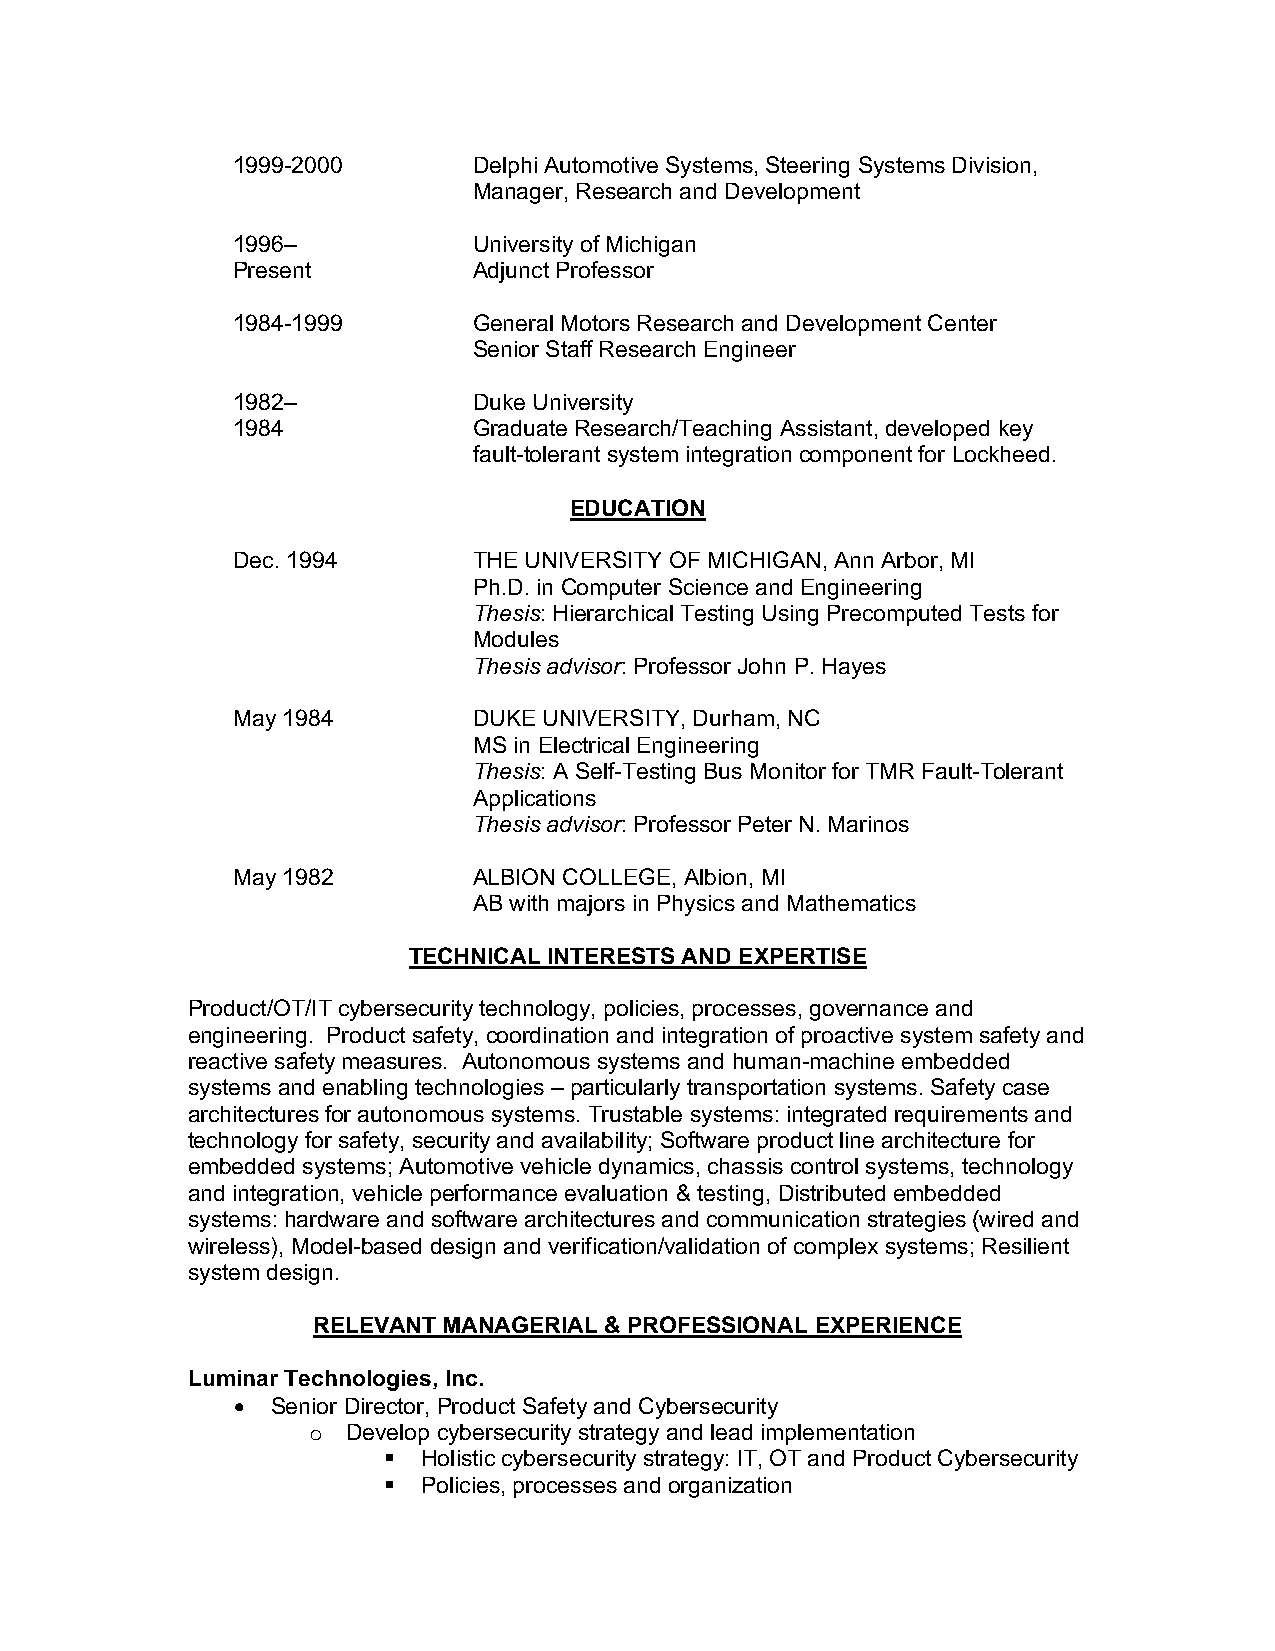
1999-2000       Delphi Automotive Systems, Steering Systems Division,
 Manager, Research and Development
 1996–           University of Michigan
 Present         Adjunct Professor
 1984-1999       General Motors Research and Development Center
 Senior Staff Research Engineer
 1982–           Duke University
 1984            Graduate Research/Teaching Assistant, developed key
 fault-tolerant system integration component for Lockheed.
 EDUCATION
 Dec. 1994       THE UNIVERSITY OF MICHIGAN, Ann Arbor, MI
 Ph.D. in Computer Science and Engineering
 Thesis: Hierarchical Testing Using Precomputed Tests for
 Modules
 Thesis advisor: Professor John P. Hayes
 May 1984        DUKE UNIVERSITY, Durham, NC
 MS in Electrical Engineering
 Thesis: A Self-Testing Bus Monitor for TMR Fault-Tolerant
 Applications
 Thesis advisor: Professor Peter N. Marinos
 May 1982        ALBION COLLEGE, Albion, MI
 AB with majors in Physics and Mathematics
 TECHNICAL INTERESTS AND EXPERTISE
 Product/OT/IT cybersecurity technology, policies, processes, governance and
 engineering. Product safety, coordination and integration of proactive system safety and
 reactive safety measures. Autonomous systems and human-machine embedded
 systems and enabling technologies – particularly transportation systems. Safety case
 architectures for autonomous systems. Trustable systems: integrated requirements and
 technology for safety, security and availability; Software product line architecture for
 embedded systems; Automotive vehicle dynamics, chassis control systems, technology
 and integration, vehicle performance evaluation & testing, Distributed embedded
 systems: hardware and software architectures and communication strategies (wired and
 wireless), Model-based design and verification/validation of complex systems; Resilient
 system design.
 RELEVANT MANAGERIAL & PROFESSIONAL EXPERIENCE
 Luminar Technologies, Inc.
 •  Senior Director, Product Safety and Cybersecurity
 o  Develop cybersecurity strategy and lead implementation
 §  Holistic cybersecurity strategy: IT, OT and Product Cybersecurity
 §  Policies, processes and organization